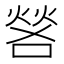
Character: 𫫎